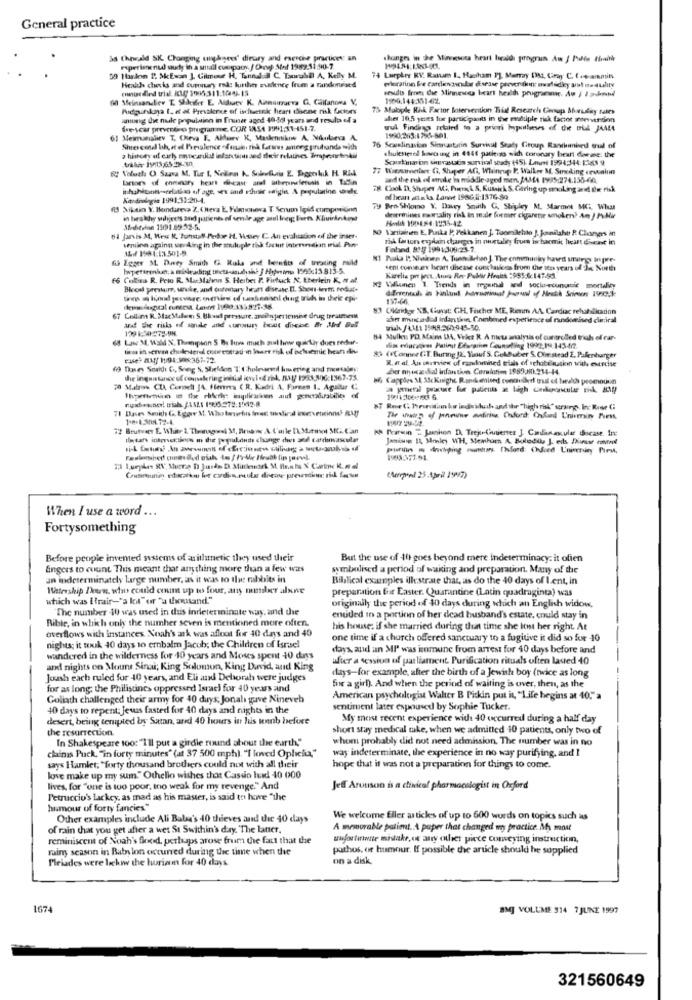
General practice
&d Chorald SK. Chonging oughgees' dirary and exercise practices: an
changes in the Minnesota heart localdi prograin Aw / Palin finitie
Paperisnenud study in a small cupoor. / Ornp Alof 1989.31.90-7.
59 thalon 1. SkExon ], Gilmour H. Tund # C. Tamrubal A, Kelly M.
74 Luepler RY. Ranum I. Hanham 1'], Maray DM1. Giriş: C. C.wammins
minicalled trial. KMy 1995311:109-15
Healds checks and cupomarry rode further enence from a randonesed
prioratinn Die carlingocular disease preventionc nastudiey art mo-quality
feudis from die Minneses beart health programme. Ap ) Izund
fil Meinsandler T. Shikifer E. Alduace K. Ainsirzueva G. Califanoes V,
Pudguinkaya 1. dot Prevalence of ischetek heart dhone risk factors
75 Mabiyle Risk Factor Intervention Trial Research Group Sbarutay tales
among the nude population in France aged 40-5dl years and results of a
aler 10.5 yenes fue participants in the muduple risk factor minversion
descar prevcrece programme. COR VAASA 1991,31-151-7.
wul Finding retsled to a priori hypotheses of die til JAALA
61 Meimmalirv T, CHeva F. Alfuev K, Maskennikow A. Nikubeva A.
Shrescenal bh, et al. I'vevalence ofuse, fik. farsus anteng prubands with
76 Sewelinavion Simutatin Survival Seady Group Rantknives out of
.hulesigsed lovougt in 4846 patients with coronary heart diese: the
Soaztma in unprastatin survival shady (45). Lovet 1994344: 1388 9
77 Wierummetlee Ch, Shaper Aft, Whinrug. P. Walker M. Smoking rewalm
and the ruk of stroke in middle-aged men. JAM4 1975:274.155-60.
Clook It, Shoper Ali, Fuera & S, Kusair A. S. Caring up smoking and the risk
Kardiologie 1991:31:20-4.
ofhean ataks Lanet 1986.5-1376.80
fi Nikain Y. Hondureva Z. Cheva Ł, Filmionera T. Serum lipid composition
Ty Bro Shlomo Y. Davey South G. Shipley M. Marmet MCL What
in breakhy walijees and putienes of ommile age zuul Inen Fern. Klivirkelig
deserinines mortality risk in male former chyaretie smoker? An J PY Mir
Holh 190484:1235-42
NO Varriainen E, Punka Po Pelkanen ], Tuomilehto J. Janilaht P. Changes in
64 Jarvis At, West R. Tunstall-Peddoe H. Vesey C. An evaluation of the inser-
rik Carton explain charges in ortality from in bacmit heart disease in
wniinn againn ser ding in the mulople tok factur interen dion trial. Pin
AL./ 198-1.13.501-9.
Faband B3/ 1991,309:23-7.
& Egger SL. Durey Smith G Ruka und berndits of treating naild
HI Paaka P. Nainen A. Then Behso J. The communky haved smaings In pre-
sent conuna heart disease conchasicos from the iers years of Je North
66 Colins R. Pelo R. MarMalvin S. Herbes F. Firfuck A. Eherlein K, # al.
Kiselia pre ject .. Auuna Rn- Pablir Healt :955.6:147.50
Blood pressure, srwke, and outonary heart disease Il. Short-term. rodut+
82 Vhunen 1. Trends in regaund and socioecunacie mortality
ten @ lioud jasvare. enervint ed tidenisel ching trich in thele epi-
197-66
3 Clerkkor NS. Gunst: GH. Fischer ME, Rienm AA. Cardiac rehabsikadion
67 Collin R. MacMalen S. Bhuid pressure, aminpericmine drug treatment
aber mancadod indartinn, Combined experience of randomised clinical
and the risks of ande and aroun bout divie ar And Bul
129 1:20-273-98
68 Low M. Wald N'. Thenipson S By How much anul hwwe guarkär dues reduer-
84 Mulku: PD. Mains DA, Virker R. A niet analysis of controlled trials of car-
tina in serem cholesterol conecograd in bart risk of belusemic hear dine
da educaores Patint Efurarin Counselling 1992,19:143-477.
case) AM/ 11/94:308:367-72
$ (Conner T. Buring )2, Viauf S. Cobbuber S. Ole strad E, Pafenburger
R. # al. An tavrview of razulomined trials of rehabeliusinn with exercise
( Dases Soaldı C, Seeig S. Shielddon T. Cholevanil kouering and mortales;
Der nunca dal infantin. Corelation 1989,80.234-14.
the inquistance of comnalering initial icol of zik, 5M/ 1988,806:1367-75.
16 Capples & 35c Knight Randomised conouled trui of health promotion
70 Malros CU, Consell JA. ffenma CR. Kadri A. Farves 1. Agaluur C:
a general practice for patients at high coloronscular sik. AN
71 Daves Smith G. Egore M. Whatevertas frec wirdfinal inomrettinnd} RAJ
72 Brutvarr E. White 1. Theorugasi M, Brians A. L'aile I\ Murmot MCi Can
XN Pearson "" Jankon D, Trejr(usenet J. Canlanaula Bocase. In:
Jamison 14, Meinley WH, Memhar A. Boludila J. eils Diurast romeet
(erpad 25 April 19997)
When I use a word ...
Fortysomething
Before people invented systems of arithmetic they used their
But the use of -10 goes beyond mere indeterminacy: it ofien
Engers to count This meant that anything more than a few was
symbolised a period of waking and preparation. Many of the
an indeterminately large number, as it was to the rabbits in
Biblical examples illustrate that, as do the 40 days of I.ent, in
Wattership Down, who could cont up to four, any member alne
preparation for Easter. Quarantine (Latin quadraginta) was
which was ( trair-"a lot" or "a thousand."
"The number 10 was used in das indeterminate way, and the
originally the period of 40 days during which an English widow.
Bible, in which only the number seven is mentioned more often.
enuded in a portion of her dead husband's estate, could stay in
overflows with instances. Noah's ark was afloat for 40 days and 40
his house: if she married during that time she lost her right. At
one time if a church offered sanctuary to a fugitive it did so for -10
nights; it took 40 days to embalm Jacob; the Children of Israel
days, and an MI was immune from arrest for 40 days before and
wandered in the wilderness for 10 years and Moses spent 10 days
after a session of parliament. Purification rituals often laved 40
and nights on Mount Sinai; King Solomon, King David, and King
days-for example, after the birth of a Jewish boy (twice as long
Joush each ruled for 40 years, and Eli and Deborah were judges
for as long the Philistines oppressed Israel for 40 years and
for a girl). And when the period of waiting is over, then, as the
Goliath challenged their army for 40 days; Jonah give Nineveh
American psychologist Walter B Pickin put it, "Life begins at 10."a
40 days to repent: Jews fasted for 40 days and nights in the
sentiment later expoused by Sophie Tucker.
desert, being tempted by Satan, ared 40 hours in his konb before
My most recent experience with: 40 occurred during a half day
the resurrection.
short stay medical take, when we admitted 40 patients, only two of
In Shakespeare too: "I'll put a girdle round about the earth,"
whom probably did not need admission. The number was in no
chains Puck, "in forty minutes" (at 37 500 mph). "I loved Ophcha,"
way indeterminate, the experience in no way purifying, and I
says Hamlet, "forty thousand brothers could not with all their
hope that it was not a preparation for things to come.
love make up my sum." Othello wishes that Cassio had 40 000
lives, for "one is too poor, too weak for my revenge." And
Jeff Arouson is a clinical pharmacologist in Oxford
Petruccio's Lackcy, as mad as his master, is said to howve "the
humour of forty fancies".
Other examples include Ali Baba's 40 thieves and the 40 days
We welcome Eller articles of up to 600 words on topics such as
of rain that you get after a wet St Swithin's day The latter.
A memorable patimt .. A paper that changed why practice. My most
reminiscent of Noah's food, perhaps arose frum the fact that the
wfortermite mistake, or any other piece comeying instruction,
rainy season in Baty lon occurred during the time when the
pathos, of humour. If possible the article should be supplied
Pleiades were lickww the horizon for 40 days
on a disk.
1674
BMJ VOLUME 314 7 JUNE 1997
321560649